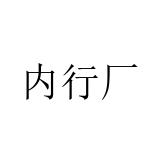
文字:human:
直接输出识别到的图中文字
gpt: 内行厂